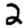
Digit: 2